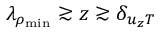
\lambda _ { \rho _ { \mathrm { m i n } } } \gtrsim z \gtrsim \delta _ { { u _ { z } } T }